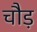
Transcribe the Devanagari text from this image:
चौड़